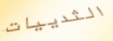
الثدييات